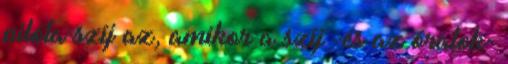
pilóta szíj az, amikor a szíj -és az óratok-